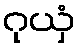
ဂုယှံ